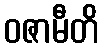
ဝဇာမီတိ